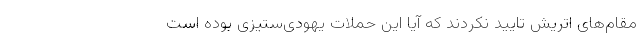
مقام‌های اتریش تایید نکردند که آیا این حملات یهودی‌ستیزی بوده است